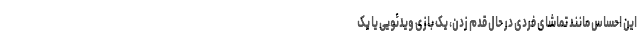
این احساس مانند تماشای فردی در حال قدم زدن، یک بازی ویدئویی یا یک